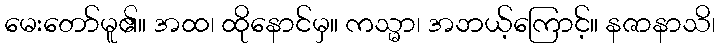
မေးတော်မူ၏။ အထ၊ ထိုနောင်မှ။ ကသ္မာ၊ အဘယ့်ကြောင့်။ နဇာနာသိ၊